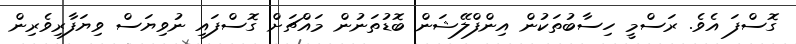
ގޮސްފަ އެވެ. ރަސްމީ ހިސާބުތަކުން އިންފްލޭޝަން ބޮޑުތަނުން މައްޗަށް ގޮސްފައި ނުވިޔަސް ވިޔަފާރިވެރިން